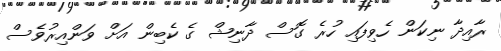
ރާއިދާ ނިކަން ހެވިފައި ހުރެ ގޮސް ދާނިޝް ގެ ކެބިން އަށް ވަންއިރުވެސް